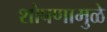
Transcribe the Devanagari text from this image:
शोषणामुळे